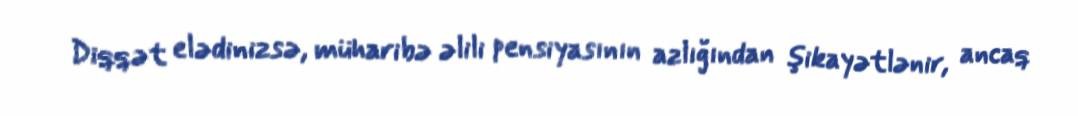
Diqqət elədinizsə, müharibə əlili pensiyasının azlığından şikayətlənir, ancaq